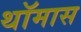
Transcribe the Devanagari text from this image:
थॉमास